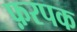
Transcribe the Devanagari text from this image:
फ़रपक